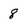
Character: 8